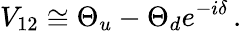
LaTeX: V_{12}\cong\Theta_{u}-\Theta_{d}e^{-i\delta}\, .